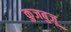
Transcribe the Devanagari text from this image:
कुजबुजू